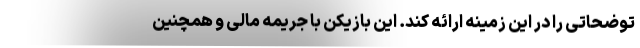
توضحاتی را در این زمینه ارائه کند. این بازیکن با جریمه مالی و همچنین